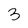
Character: 3